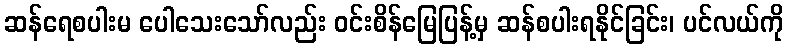
ဆန်ရေစပါးမ ပေါသေးသော်လည်း ဝင်းစိန်မြေပြန့်မှ ဆန်စပါးရနိုင်ခြင်း၊ ပင်လယ်ကို